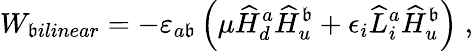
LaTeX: W_{\mathfrak{b}ilinear}=-\varepsilon_{a\mathfrak{b}}\left(\mu\widehat{H}_{d}^{a}\widehat{H}_{u}^{\mathfrak{b}}+\epsilon_{i}\widehat{L}_{i}^{a}\widehat{H}_{u}^{\mathfrak{b}}\right)\; ,